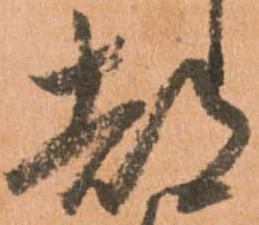
都